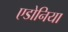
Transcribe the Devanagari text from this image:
एडोनिया